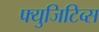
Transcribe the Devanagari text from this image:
फ्युजिटिव्स